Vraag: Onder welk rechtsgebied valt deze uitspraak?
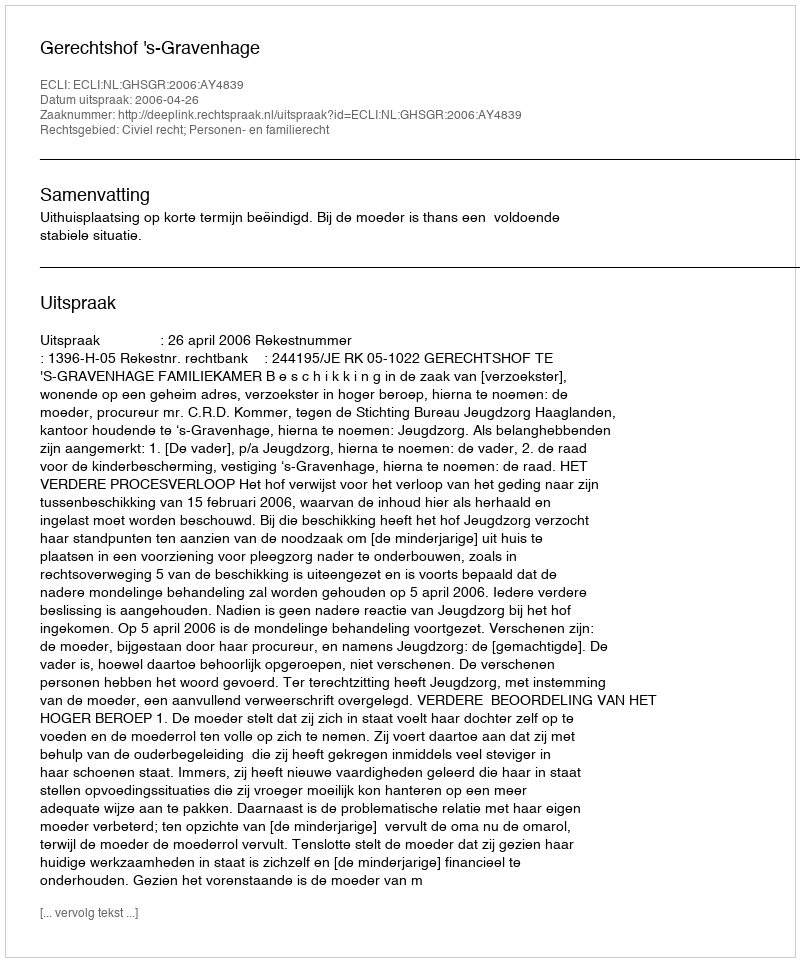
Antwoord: Civiel recht; Personen- en familierecht